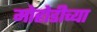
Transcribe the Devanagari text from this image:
मोहोडीच्या